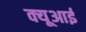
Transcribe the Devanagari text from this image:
क्यूआई